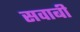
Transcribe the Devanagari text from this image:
सवाबी